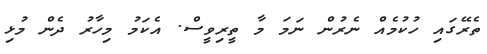
ތެރޭގައި ހުކުމެއް ނެރުން ނަމަ މާ ތީރިވީސް. އެކަމު މިހާރު ދެން މުޅި